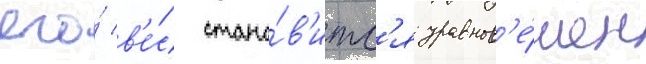
его́ в'е́с стано́в'итс'я уравнов'е́шен